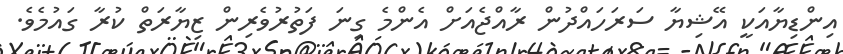
އިންޑިޔާއަކީ އޭޝިޔާ ސަރަހައްދުން ރާއްޖެއަށް އެންމެ ގިނަ ފަތުރުވެރިން ޒިޔާރަތް ކުރާ ގައުމެވެ.